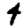
Digit: 4